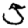
Digit: 5